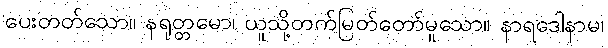
ပေးတတ်သော။ နရုတ္တမော၊ ယူသို့တက်မြတ်တော်မူသော။ နာရဒေါနာမ၊